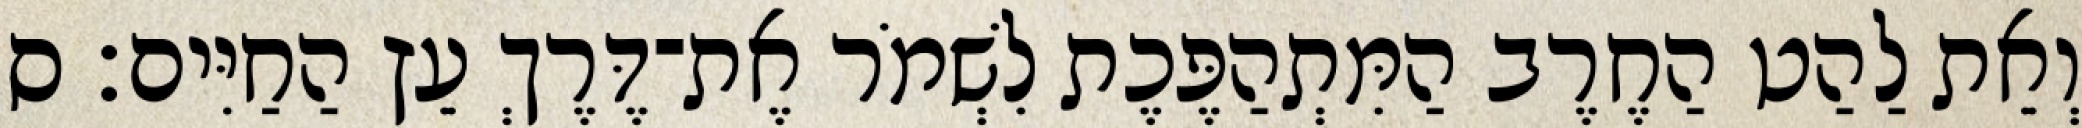
וְאֵת לַהַט הַחֶרֶב הַמִּתְהַפֶּכֶת לִשְׁמֹר אֶת־דֶּרֶךְ עֵץ הַחַיִּים׃ ס